Scientific memoirs by medical officers of the Army of India - Part III,
Year: 1887
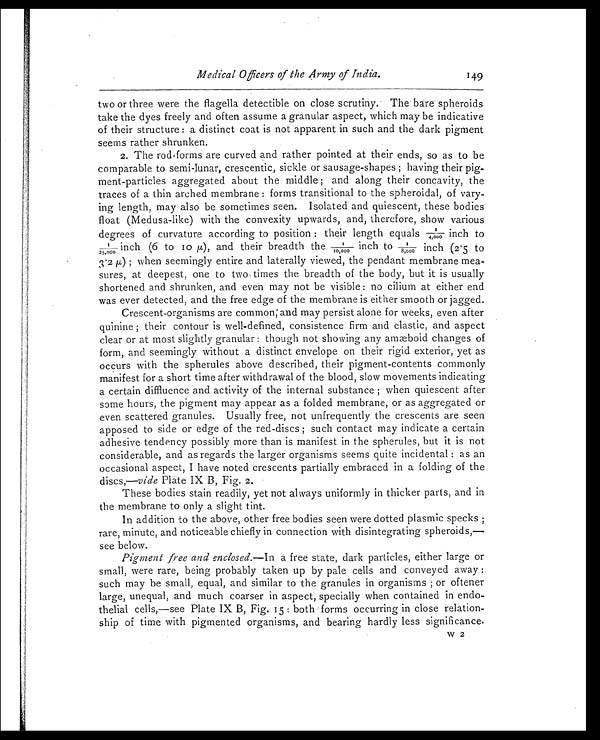
Medical Officers of the Army of India.
149
two or three were the flagella detectible on close scrutiny. The bare spheroids
take the dyes freely and often assume a granular aspect, which may be indicative
of their structure : a distinct coat is not apparent in such and the dark pigment
seems rather shrunken.
2. The rod-forms are curved and rather pointed at their ends, so as to be
comparable to semi-lunar, crescentic, sickle or sausage-shapes ; having their pig-
ment-particles aggregated about the middle ; and along their concavity, the
traces of a thin arched membrane : forms transitional to the spheroidal, of vary-
ing length, may also be sometimes seen. Isolated and quiescent, these bodies
float (Medusa-like) with the convexity upwards, and, therefore, show various
degrees of curvature according to position : their length equals 1/4,000 i n c h t o
1 / 2 5 , 0 0 0 i n c h ( 6 t o 1 0 µ ) , a n d t h e i r b r e a d t h t h e 1 / 1 0 , 0 0 0 i n c h t o 1 / 8 , 0 0 0i
n c h ( 2 . 5
t o
3.2 µ) ; when seemingly entire and laterally viewed, the pendant membrane mea-
-
sures, at deepest, one to two times the breadth of the body, but it is usually
shortened and shrunken, and even may not be visible: no cilium at either end
was ever detected, and the free edge of the membrane is either smooth or jagged.
Crescent-organisms are common; and may persist alone for weeks, even after
quinine ; their contour is well-defined, consistence firm and elastic, and aspect
clear or at most slightly granular : though not showing any amæboid changes of
form, and seemingly without a distinct envelope on their rigid exterior, yet as
occurs with the spherules above described, their pigment-contents commonly
manifest for a short time after withdrawal of the blood, slow movements indicating
a certain diffluence and activity of the internal substance ; when quiescent after
some hours, the pigment may appear as a folded membrane, or as aggregated or
even scattered granules. Usually free, not unfrequently the crescents are seen
apposed to side or edge of the red-discs ; such contact may indicate a certain
adhesive tendency possibly more than is manifest in the spherules, but it is not
considerable, and as regards the larger organisms seems quite incidental : as an
occasional aspect, I have noted crescents partially embraced in a folding of the
discs,—vide Plate IX B, Fig. 2.
These bodies stain readily, yet not always uniformly in thicker parts, and in
the membrane to only a slight tint.
In addition to the above, other free bodies seen were dotted plasmic specks ;
rare, minute, and noticeable chiefly in connection with disintegrating spheroids,—
see below.
Pigment free and enclosed. —In a free state, dark particles, either large or
small, were rare, being probably taken up by pale cells and conveyed away :
such may be small, equal, and similar to the granules in organisms ; or oftener
large, unequal, and much coarser in aspect, specially when contained in endo-
thelial cells,—see Plate IX B, Fig. 15 : both forms occurring in close relation-
ship of time with pigmented organisms, and bearing hardly less significance.